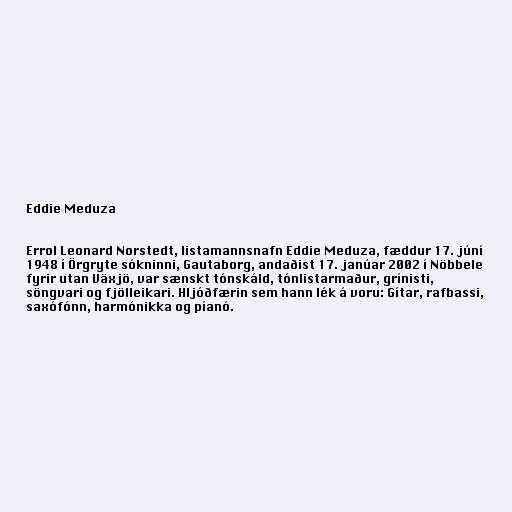
Eddie Meduza

Errol Leonard Norstedt, listamannsnafn Eddie Meduza, fæddur 17. júní
1948 í Örgryte sókninni, Gautaborg, andaðist 17. janúar 2002 í Nöbbele
fyrir utan Växjö, var sænskt tónskáld, tónlistarmaður, grínisti,
söngvari og fjölleikari. Hljóðfærin sem hann lék á voru: Gítar, rafbassi,
saxófónn, harmónikka og píanó.